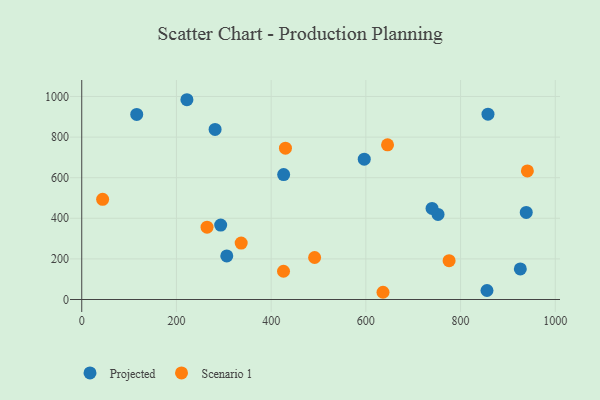
{"axis": {"x": "Speed", "y": "Demand"}, "legend": ["Projected", "Scenario 1"], "data": [{"x": "306.3", "y": 214.5, "type": "Projected"}, {"x": "938.7", "y": 428.7, "type": "Projected"}, {"x": "926.2", "y": 150.6, "type": "Projected"}, {"x": "596.6", "y": 691.1, "type": "Projected"}, {"x": "752.4", "y": 419.0, "type": "Projected"}, {"x": "426.4", "y": 615.1, "type": "Projected"}, {"x": "222.1", "y": 984.0, "type": "Projected"}, {"x": "281.6", "y": 837.9, "type": "Projected"}, {"x": "739.8", "y": 448.8, "type": "Projected"}, {"x": "293.4", "y": 366.7, "type": "Projected"}, {"x": "116.1", "y": 911.5, "type": "Projected"}, {"x": "855.8", "y": 44.3, "type": "Projected"}, {"x": "857.9", "y": 912.8, "type": "Projected"}, {"x": "636.2", "y": 35.6, "type": "Scenario 1"}, {"x": "430.2", "y": 745.2, "type": "Scenario 1"}, {"x": "426.1", "y": 139.1, "type": "Scenario 1"}, {"x": "336.7", "y": 277.7, "type": "Scenario 1"}, {"x": "264.6", "y": 356.4, "type": "Scenario 1"}, {"x": "645.8", "y": 761.9, "type": "Scenario 1"}, {"x": "941.1", "y": 633.3, "type": "Scenario 1"}, {"x": "775.8", "y": 191.2, "type": "Scenario 1"}, {"x": "491.8", "y": 207.0, "type": "Scenario 1"}, {"x": "44.1", "y": 493.6, "type": "Scenario 1"}]}